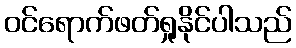
ဝင်ရောက်ဖတ်ရှုနိုင်ပါသည်